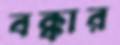
বক্কার